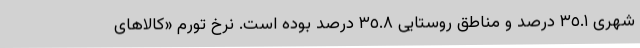
شهری ٣٥.١ درصد و مناطق روستایی ٣٥.٨ درصد بوده است. نرخ تورم «کالاهای